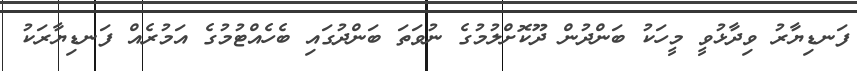
ފަނޑިޔާރު ވިދާޅުވީ މީހަކު ބަންދުން ދޫކޮށްލުމުގެ ނުވަތަ ބަންދުގައި ބެހެއްޓުމުގެ އަމުރެއް ފަނޑިޔާރަކު